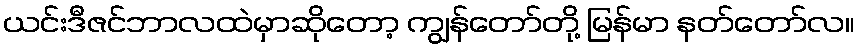
ယင်းဒီဇင်ဘာလထဲမှာဆိုတော့ ကျွန်တော်တို့ မြန်မာ နတ်တော်လ။